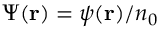
\Psi ( { \bf { r } } ) = \psi ( { \bf { r } } ) / n _ { 0 }